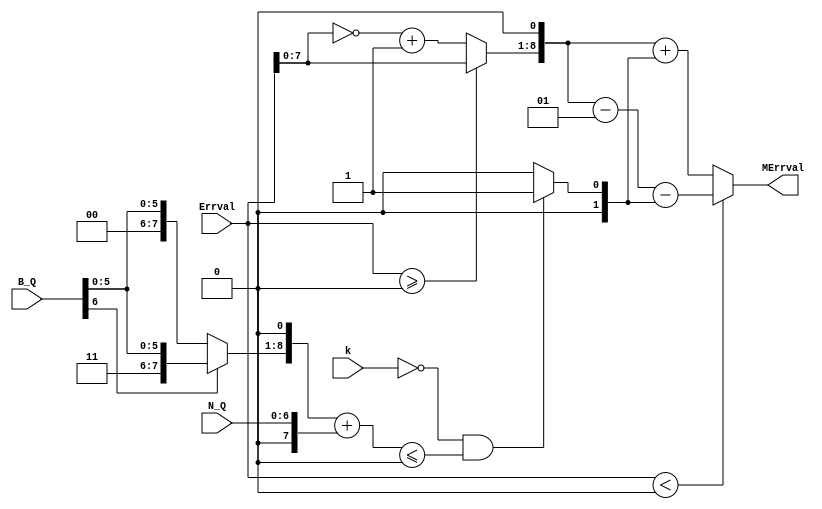
module Error_map(k, B_Q, N_Q, Errval, MErrval);
   
	 input [3:0] k;
    input signed [6:0] B_Q;
    input [6:0] N_Q;
    input signed [8:0] Errval;
    output signed [8:0] MErrval;
   
	  
	 wire signed [7:0] B_Q_temp;
	 wire signed [7:0] N_Q_temp;
	  
	  
	 wire signed [8:0] abs_Errval;
	 wire signed [8:0] temp;
	 
	 assign #1 B_Q_temp=B_Q[6]?{B_Q[6],1'b1,B_Q[5:0]}:{B_Q[6],1'b0,B_Q[5:0]};
	      //{B_Q[6],1'b0,B_Q[5:0]};
	 assign #1 N_Q_temp={1'b0,N_Q[6:0]};
	 
	 assign #1 temp=((k==0)&&((B_Q_temp<<<1)+N_Q_temp<=0))?9'b0000_0000_1:9'b0000_0000_0;
	 assign #1 abs_Errval=(Errval>=0)?Errval:{1'b0,~(Errval[7:0])+8'b0000_0001};
	 
	 assign #1 MErrval=(Errval<0)?((abs_Errval<<1)-1-temp):((abs_Errval<<1)+temp);
	 
	 
	

endmodule